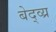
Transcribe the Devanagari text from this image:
बेद्व्य्र